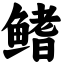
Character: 鳍